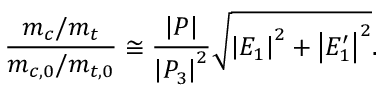
\frac { m _ { c } / m _ { t } } { m _ { c , 0 } / m _ { t , 0 } } \cong \frac { \left| P \right| } { \left| P _ { 3 } \right| ^ { 2 } } \sqrt { \left| E _ { 1 } \right| ^ { 2 } + \left| E _ { 1 } ^ { \prime } \right| ^ { 2 } } .